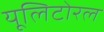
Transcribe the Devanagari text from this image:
यूलिटोरल